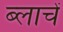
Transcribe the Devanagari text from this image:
ब्लाचें